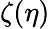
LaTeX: \zeta(\eta)